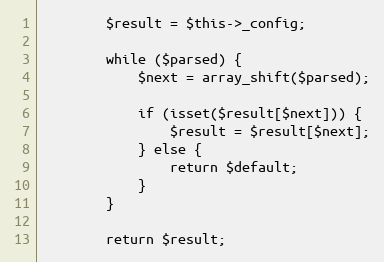
Language: PHP
        $result = $this->_config;

        while ($parsed) {
            $next = array_shift($parsed);

            if (isset($result[$next])) {
                $result = $result[$next];
            } else {
                return $default;
            }
        }

        return $result;